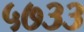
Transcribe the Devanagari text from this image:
५७३३